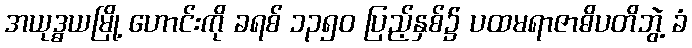
အယုဒ္ဓယမြို့ ဟောင်းကို ခရစ် ၁၃၅၀ ပြည့်နှစ်၌ ပထမရာဇာဓိပတိဘွဲ့ ခံ